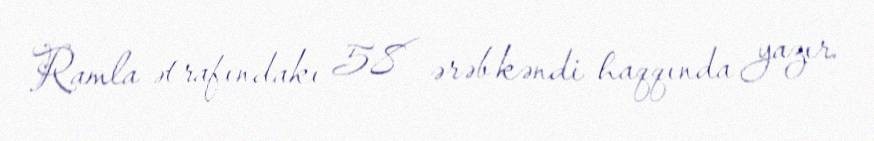
Ramla ətrafındakı 58 ərəb kəndi haqqında yazır.